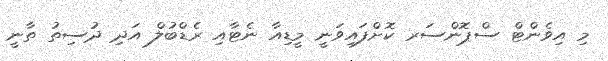
މި އިވެންޓް ސްޕޮންސަރ ކޮށްފައިވަނީ މީޑިއާ ނެޓާއި ރެޑްބުލް އަދި ދުސިތު ތާނީ